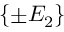
\{ \pm E _ { 2 } \}